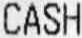
CASH